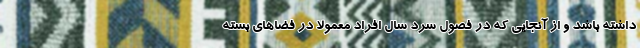
داشته باشد و از آنجایی که در فصول سرد سال افراد معمولا در فضاهای بسته